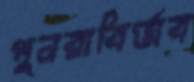
পুনরাবির্ভাব